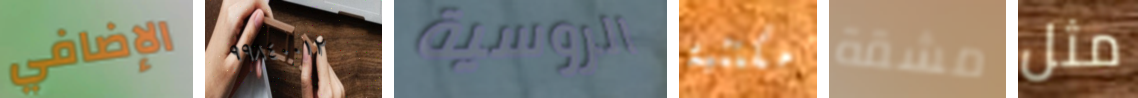
الإضافي ٩٩٨٤٠٠١٢ الروسية مكتئبة مشقة مثل